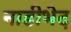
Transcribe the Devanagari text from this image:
नाडीभेद